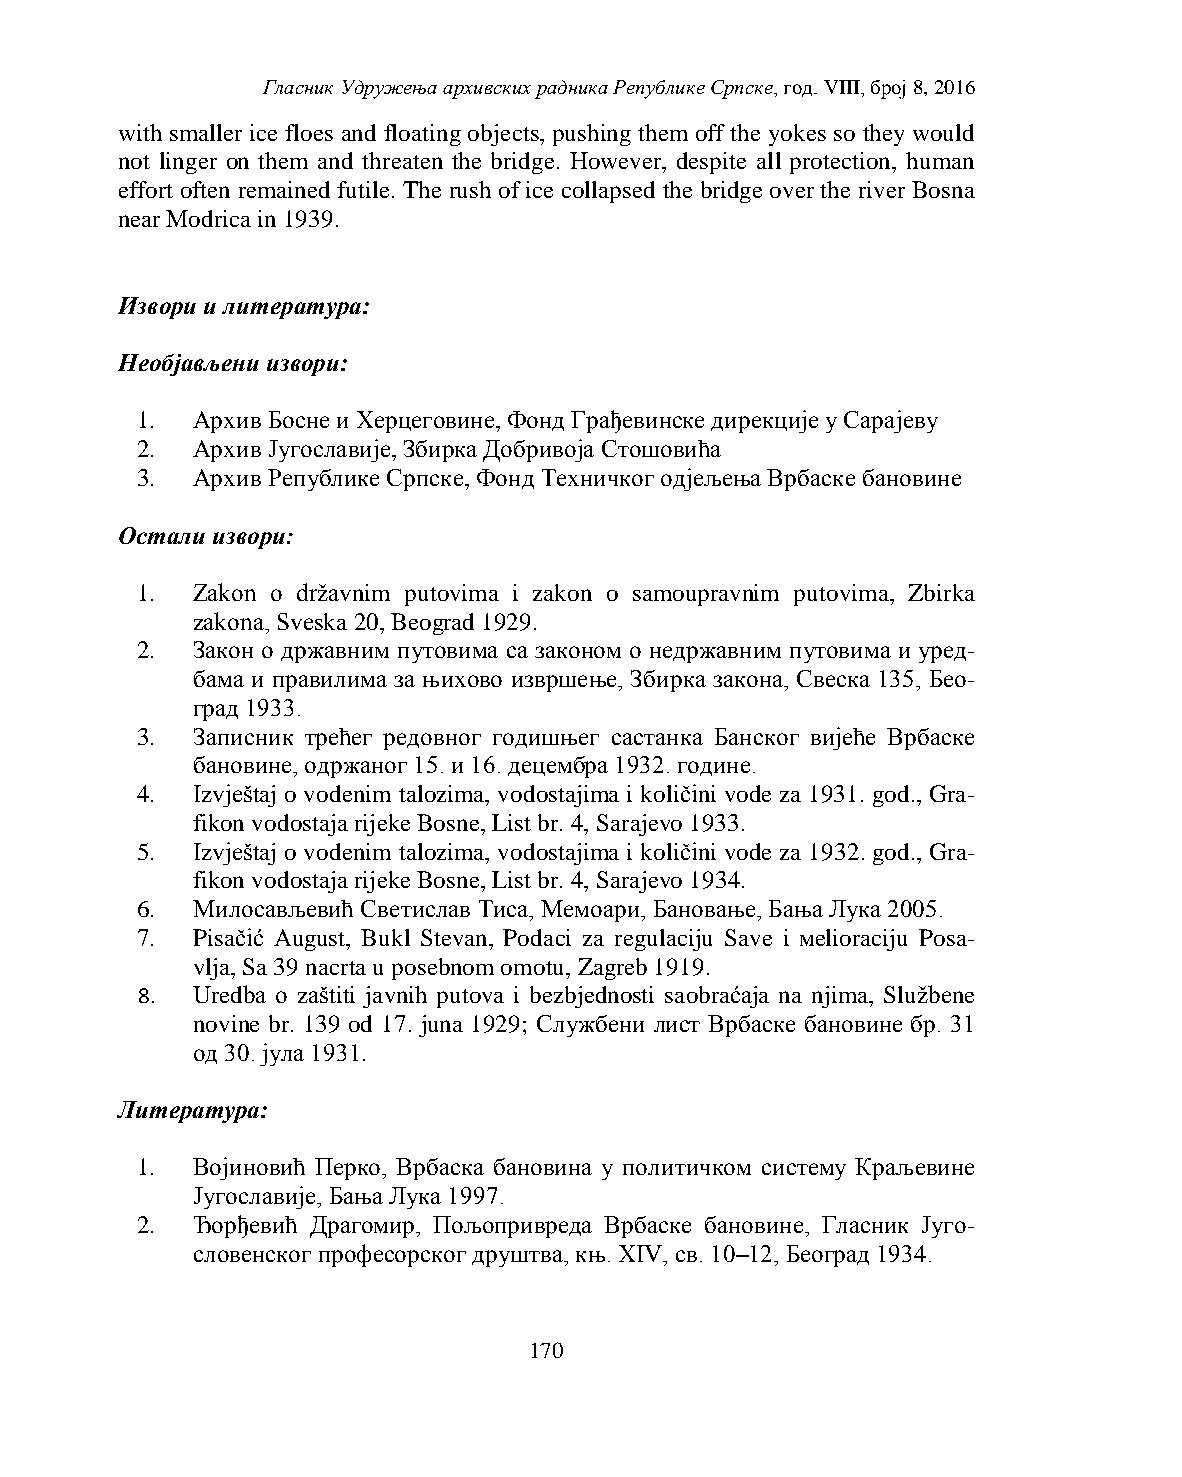
Гласник Удружења архивских радника Републике Српске, год. VIII, број 8, 2016
 with smaller ice floes and floating objects, pushing them off the yokes so they would
 not linger on them and threaten the bridge. However, despite all protection, human
 effort often remained futile. The rush of ice collapsed the bridge over the river Bosna
 near Modrica in 1939.
 Извори и литература:
 Необјављени извори:
 1.  Архив Босне и Херцеговине, Фонд Грађевинске дирекције у Сарајеву
 2.  Архив Југославије, Збирка Добривоја Стошовића
 3.  Архив Републике Српске, Фонд Техничког одјељења Врбаске бановине
 Остали извори:
 1.  Zakon o državnim putovima i zakon o samoupravnim putovima, Zbirka
 zakonа, Sveska 20, Beograd 1929.
 2.  Закон о државним путовима са законом о недржавним путовима и уред-
 бама и правилима за њихово извршење, Збирка закона, Свеска 135, Бео-
 град 1933.
 3.  Записник трећег редовног годишњег састанка Банског вијеће Врбаске
 бановине, одржаног 15. и 16. децембра 1932. године.
 4.  Izvještaj o vodenim talozima, vodostajima i količini vode za 1931. god., Gra-
 fikon vodostaja rijeke Bosne, List br. 4, Sarajevo 1933.
 5.  Izvještaj o vodenim talozima, vodostajima i količini vode za 1932. god., Gra-
 fikon vodostaja rijeke Bosne, List br. 4, Sarajevo 1934.
 6.  Милосављевић Светислав Тиса, Мемоари, Бановање, Бања Лука 2005.
 7.  Pisačić Аugust, Bukl Stevan, Podaci za regulaciju Save i мelioraciju Posa-
 vlja, Sa 39 nacrta u posebnom omotu, Zagreb 1919.
 8.  Uredba o zaštiti javnih putova i bezbjednosti saobraćaja na njima, Službene
 novine br. 139 od 17. juna 1929; Службени лист Врбаске бановине бр. 31
 од 30. јула 1931.
 Литература:
 1.  Војиновић Перко, Врбаска бановина у политичком систему Краљевине
 Југославије, Бања Лука 1997.
 2.  Ђорђевић Драгомир, Пољопривреда Врбаске бановине, Гласник Југо-
 словенског професорског друштва, књ. XIV, св. 10–12, Београд 1934.
 170